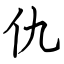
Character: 仇